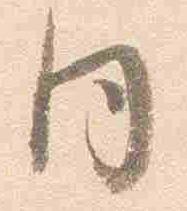
同